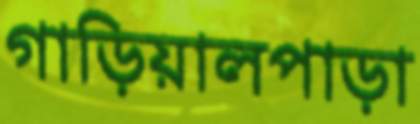
গাড়িয়ালপাড়া